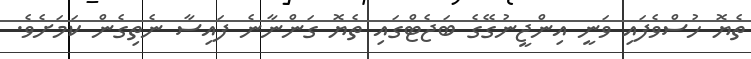
ތެޔޮ ހުސްވެފައި ވަނީ އިންޖީނުގޭގެ ބަޖެޓްގައި ތެޔޮ ގަންނާނެ ފައިސާ ނެތިގެން ކަމަށެވެ.